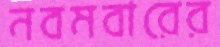
নবমবারের